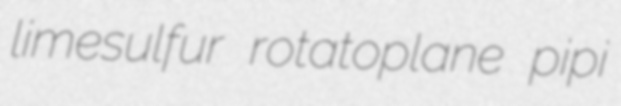
limesulfur rotatoplane pipi